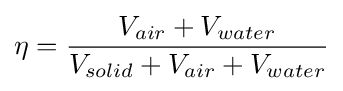
\eta ={\frac {V_{air}+V_{water}}{V_{solid}+V_{air}+V_{water}}}